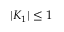
| K _ { 1 } | \le 1